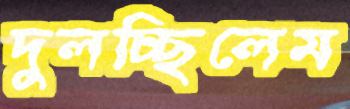
দুলচ্ছিলেম